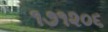
૧૭૧૨૦૬